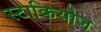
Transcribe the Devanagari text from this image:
स्टाकियोज